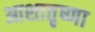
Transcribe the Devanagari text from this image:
आशातृष्णा